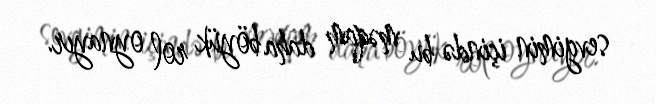
sevgimin içində bu məqam daha böyük rol oynayır.